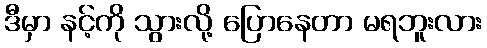
ဒီမှာ နင့်ကို သွားလို့ ပြောနေတာ မရဘူးလား